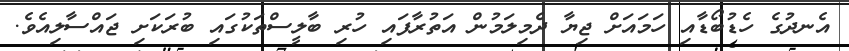
އެނދުގެ ހެޑުބޯޑާއި ހަމައަށް ޖިޔާ ދެމިލަމުން އަތުރާފައި ހުރި ބާލީސްތަކުގައި ބުރަކަށި ޖައްސާލިއެވެ.